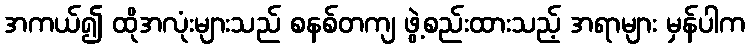
အကယ်၍ ထိုအလုံးများသည် စနစ်တကျ ဖွဲ့စည်းထားသည့် အရာများ မှန်ပါက